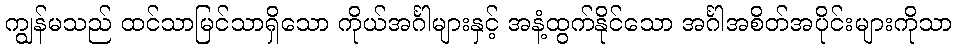
ကျွန်မသည် ထင်သာမြင်သာရှိသော ကိုယ်အင်္ဂါများနှင့် အနံ့ထွက်နိုင်သော အင်္ဂါအစိတ်အပိုင်းများကိုသာ